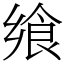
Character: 飨